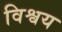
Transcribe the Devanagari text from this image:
विश्वय